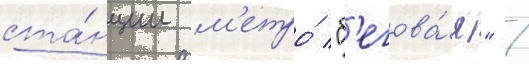
ста́нции м'етро́ "б'егова́я" /